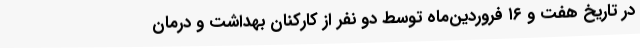
در تاریخ هفت و ۱۶ فروردین‌ماه توسط دو نفر از کارکنان بهداشت و درمان